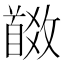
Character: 𩠩